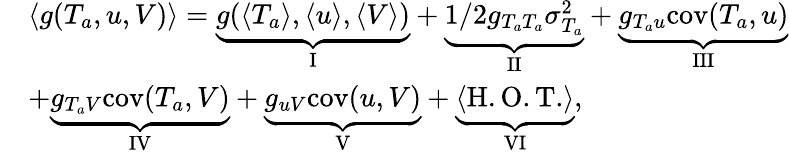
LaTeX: \begin{array}{rl}&{\langle g(T_{a},u,V)\rangle=\underbrace{g(\langle T_{a}\rangle,\langle u\rangle,\langle V\rangle)}_{\mathrm{I}}+\underbrace{1/2g_{T_{a}T_{a}}\sigma_{T_{a}}^{2}}_{\mathrm{II}}+\underbrace{g_{T_{a}u}\mathrm{cov}(T_{a},u)}_{\mathrm{III}}}\\ &{+\underbrace{g_{T_{a}V}\mathrm{cov}(T_{a},V)}_{\mathrm{IV}}+\underbrace{g_{uV}\mathrm{cov}(u,V)}_{\mathrm{V}}+\underbrace{\langle\mathrm{H.O.T.}\rangle}_{\mathrm{VI}},}\end{array}